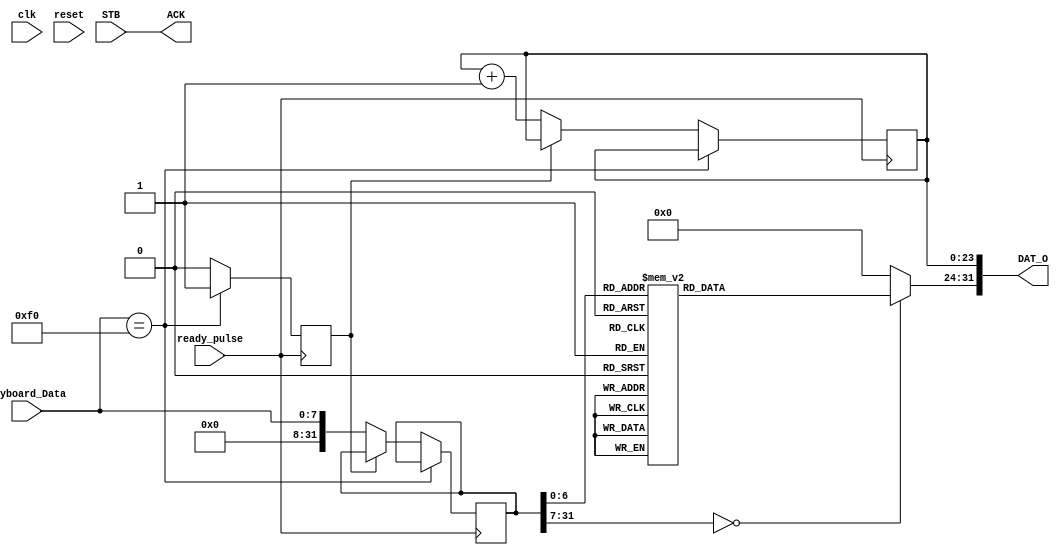
module Keyboard_driver(clk, reset, ready_pulse, Keyboard_Data, ACK, STB, DAT_O);

    input clk;
    input reset;
    input ready_pulse;
    input [7: 0] Keyboard_Data;
    input STB;
    output ACK;
    output [31: 0] DAT_O;
    
    reg [31: 0] data_hold = 0;
    reg [7: 0] data_cooked;
    reg [23: 0] data_cnt = 0;
    reg f0 = 0;

    assign DAT_O = {data_cooked, data_cnt};
    assign ACK = STB;

    always @(posedge ready_pulse) begin
        if (Keyboard_Data == 8'hf0)
            f0 <= 1;
        else begin
            if (!f0) begin
                data_hold <= Keyboard_Data;
                data_cnt <= data_cnt + 1;
            end else
                f0 <= 0;
        end
    end

    always @* begin
        case(data_hold)
            8'h16: data_cooked = 49;// 1
            8'h1E: data_cooked = 50;// 2
            8'h26: data_cooked = 51;// 3
            8'h25: data_cooked = 52;// 4
            8'h2E: data_cooked = 53;// 5
            8'h36: data_cooked = 54;// 6
            8'h3D: data_cooked = 55;// 7
            8'h3E: data_cooked = 56;// 8
            8'h46: data_cooked = 57;// 9
            8'h45: data_cooked = 48;// 0
            8'h4E: data_cooked = 45;// -
            8'h55: data_cooked = 43;// +
            8'h15: data_cooked = 113;// q
            8'h1D: data_cooked = 119;// w
            8'h24: data_cooked = 101;// e
            8'h2D: data_cooked = 114;// r
            8'h2C: data_cooked = 116;// t
            8'h35: data_cooked = 121;// y
            8'h3C: data_cooked = 117;// u
            8'h43: data_cooked = 105;// i
            8'h44: data_cooked = 111;// o
            8'h4D: data_cooked = 112;// p
            8'h54: data_cooked = 91;// [
            8'h5B: data_cooked = 93;// ]
            8'h1C: data_cooked = 97;// a
            8'h1B: data_cooked = 115;// s
            8'h23: data_cooked = 100;// d
            8'h2B: data_cooked = 102;// f
            8'h34: data_cooked = 103;// g
            8'h33: data_cooked = 104;// h
            8'h3B: data_cooked = 106;// j
            8'h42: data_cooked = 107;// k
            8'h4B: data_cooked = 108;// l
            8'h4C: data_cooked = 59;// ;
            8'h52: data_cooked = 92;// \
            8'h1A: data_cooked = 122;// z
            8'h22: data_cooked = 120;// x
            8'h21: data_cooked = 99;// c
            8'h2A: data_cooked = 118;// v
            8'h32: data_cooked = 98;// b
            8'h31: data_cooked = 110;// n
            8'h3A: data_cooked = 109;// m
            8'h41: data_cooked = 44;// ,
            8'h49: data_cooked = 46;// .
            8'h4A: data_cooked = 47;// /
            8'h29: data_cooked = 32;//  
            8'h66: data_cooked = 8; // Backspace
            8'h5A: data_cooked = 10;// Enter to '\n'
            default: data_cooked = 0;
        endcase
    end
    
endmodule